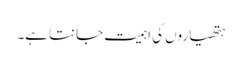
ہتھیاروں کی اہمیت جانتا ہے۔